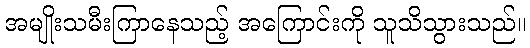
အမျိုးသမီးကြာနေသည့် အကြောင်းကို သူသိသွားသည်။